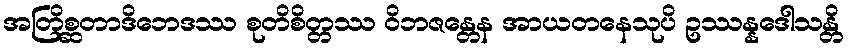
အတြိစ္ဆတာဒိဘေဒဿ စုတိစိတ္တဿ ဝိဘဇန္တေန အာယတနေသုပိ ဥဿန္နဒေါသန္တိ